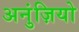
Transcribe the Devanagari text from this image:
अनुंज़ियो